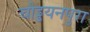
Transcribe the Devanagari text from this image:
चौड्डयनपुरा